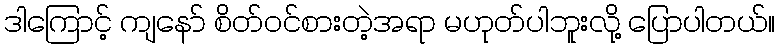
ဒါကြောင့် ကျနော် စိတ်ဝင်စားတဲ့အရာ မဟုတ်ပါဘူးလို့ ပြောပါတယ်။